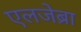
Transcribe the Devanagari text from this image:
एलजेब्रा